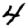
Digit: 4